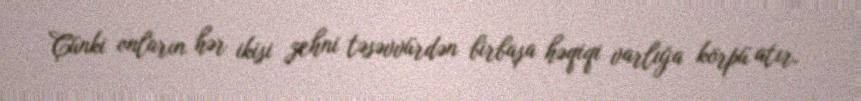
Çünki onların hər ikisi zehni təsəvvürdən birbaşa həqiqi varlığa körpü atır.